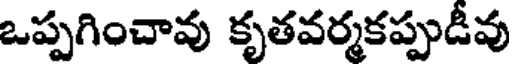
ఒప్పగించావు కృతవర్మకప్పుడీవు